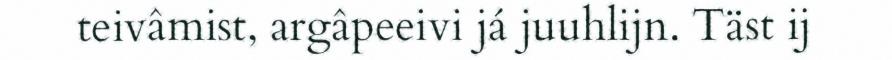
teivâmist, argâpeeivi já juuhlijn. Täst ij